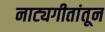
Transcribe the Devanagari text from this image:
नाट्यगीतांतून